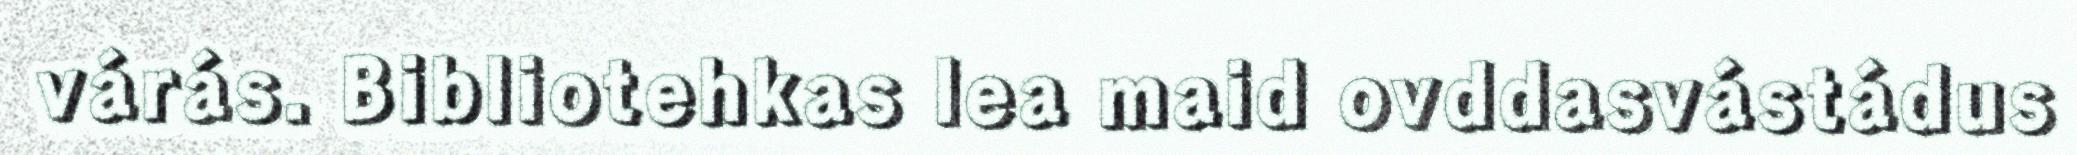
várás. Bibliotehkas lea maid ovddasvástádus